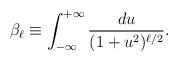
LaTeX: \begin{align*}\beta_{\ell}\equiv\int_{-\infty}^{+\infty}\frac{du}{(1+u^2)^{\ell/2}} .\end{align*}